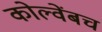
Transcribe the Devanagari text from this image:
कोल्वेंबच